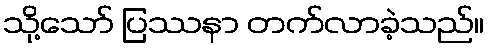
သို့သော် ပြဿနာ တက်လာခဲ့သည်။